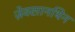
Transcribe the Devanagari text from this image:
ज़ेक्सानथिन